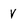
Character: V